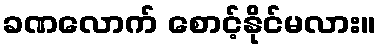
ခဏလောက် စောင့်နိုင်မလား။